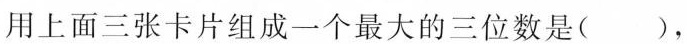
用上面三张卡片组成一个最大的三位数是( )，